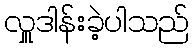
လှူဒါန်းခဲ့ပါသည်